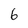
Character: 6